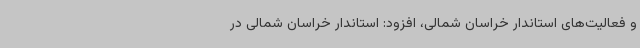
و فعالیت‌های استاندار خراسان شمالی، افزود: استاندار خراسان شمالی در